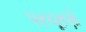
પરચૂરણો